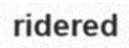
ridered